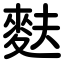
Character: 麩